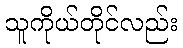
သူကိုယ်တိုင်လည်း